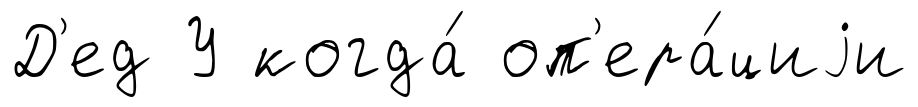
Д'ед У когда́ оп'ера́циjи